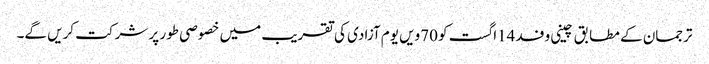
ترجمان کے مطابق چینی وفد 14اگست کو 70ویں یوم آزادی کی تقریب میں خصوصی طور پر شرکت کریں گے۔